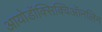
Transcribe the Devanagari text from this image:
आयोडॉक्सिक्विऑनलिन